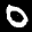
Label: 0